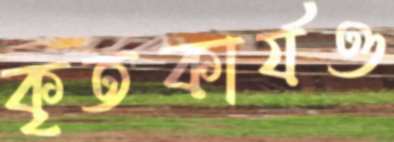
কৃতকার্যও